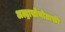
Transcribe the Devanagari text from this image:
अल्ट्रासोनोग्राफ़ी